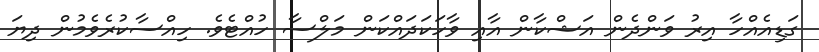
ގަޑިއެއްހާ އިރު ވަންދެން އަޝްކާން އާއި ވާހަކަދައްކަން މަލްސާ ހުއްޓެވެ. ހިއްސާކުރެވެމުން ދިޔަ